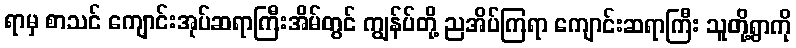
ရာမှ စာသင် ကျောင်းအုပ်ဆရာကြီးအိမ်တွင် ကျွန်ပ်တို့ ညအိပ်ကြရာ ကျောင်းဆရာကြီး သူတို့ရွာကို